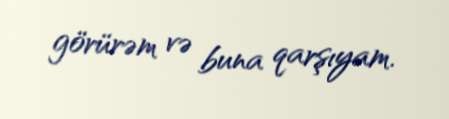
görürəm və buna qarşıyam.